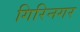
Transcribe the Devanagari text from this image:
गिरिनगर